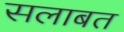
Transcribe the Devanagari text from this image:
सलाबत